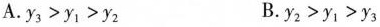
A. $$y _ { 3 } > y _ { 1 } > y _ { 2 }$$ B. $$y _ { 2 } > y _ { 1 } > y _ { 3 }$$